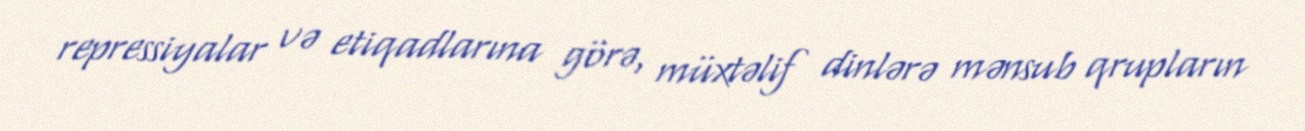
repressiyalar və etiqadlarına görə, müxtəlif dinlərə mənsub qrupların